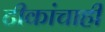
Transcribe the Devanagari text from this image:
टीकांचाही